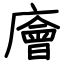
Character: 廥